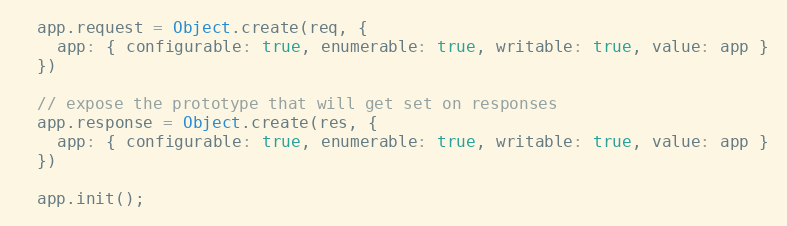
Language: JavaScript
  app.request = Object.create(req, {
    app: { configurable: true, enumerable: true, writable: true, value: app }
  })

  // expose the prototype that will get set on responses
  app.response = Object.create(res, {
    app: { configurable: true, enumerable: true, writable: true, value: app }
  })

  app.init();